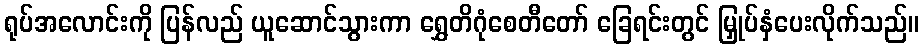
ရုပ်အလောင်းကို ပြန်လည် ယူဆောင်သွားကာ ရွှေတိဂုံစေတီတော် ခြေရင်းတွင် မြှုပ်နှံပေးလိုက်သည်။